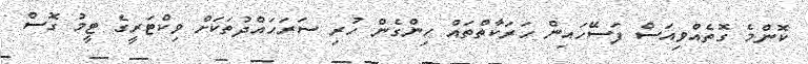
ކޮންމެ ގޮތެއްވިއަސް ފަސޭހައިން ހަރަކާތްތައް ހިންގެން ހުރި ސަރަހައްދުތަކަށް ވިކްޓަރީގެ ޓީމު ގޮސް